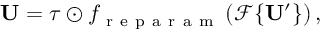
\begin{array} { r } { \mathbf { U } = \boldsymbol { \tau } \odot f _ { \mathrm { ~ r ~ e ~ p ~ a ~ r ~ a ~ m ~ } } \left( \mathcal { F } \{ \mathbf { U } ^ { \prime } \} \right) , } \end{array}